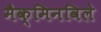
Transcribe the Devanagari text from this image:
मैक्मिनविले